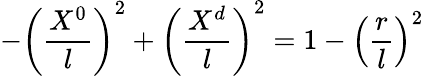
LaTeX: -\left({\frac{X^{0}}{l}}\right)^{2}+\left({\frac{X^{d}}{l}}\right)^{2}=1-\left({\frac{r}{l}}\right)^{2}